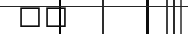
١٤